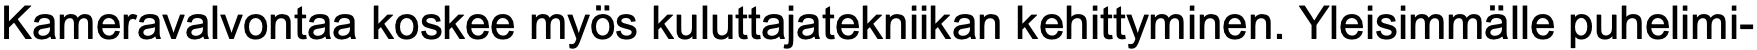
Kameravalvontaa koskee myös kuluttajatekniikan kehittyminen. Yleisimmälle puhelimi-